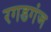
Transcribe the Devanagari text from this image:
रगडगंज